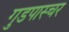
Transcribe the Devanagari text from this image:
गुडपास्चर